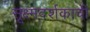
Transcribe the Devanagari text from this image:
सूक्ष्मदर्शकाची